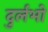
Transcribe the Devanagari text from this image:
दुर्लभो